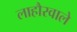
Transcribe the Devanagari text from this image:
लाहौरवाले